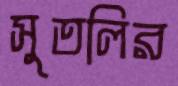
সুতলির